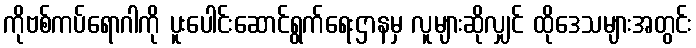
ကိုဗစ်ကပ်ရောဂါကို ပူးပေါင်းဆောင်ရွက်ရေးဌာနမှ လူများဆိုလျှင် ထိုဒေသများအတွင်း